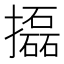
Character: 㩡